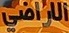
الاراضي